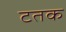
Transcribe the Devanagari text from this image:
टतक